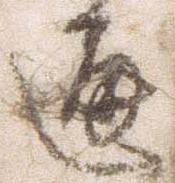
通